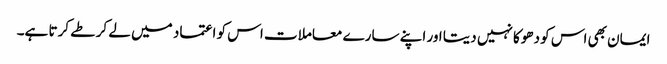
ایمان بھی اس کو دھوکا نہیں دیتا اور اپنے سارے معاملات اس کو اعتماد میں لے کر طے کرتا ہے۔